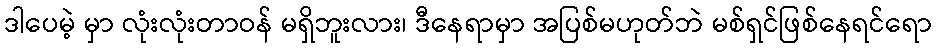
ဒါပေမဲ့ မှာ လုံးလုံးတာဝန် မရှိဘူးလား၊ ဒီနေရာမှာ အပြစ်မဟုတ်ဘဲ မစ်ရှင်ဖြစ်နေရင်ရော